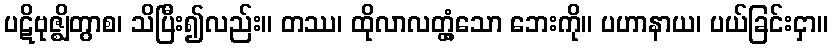
ပဋိဗုဇ္ဈိတွာစ၊ သိပြီး၍လည်း။ တဿ၊ ထိုလာလတ္တံ့သော ဘေးကို။ ပဟာနာယ၊ ပယ်ခြင်းငှာ။